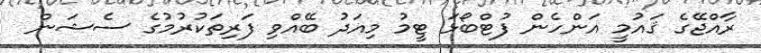
ރާއްޖޭގެ ޤައުމީ އަންހެން ފުޓްބޯޅަ ޓީމު މިއަދު ބޭއްވި ފަރިތަކުރުމުގެ ސެޝަން